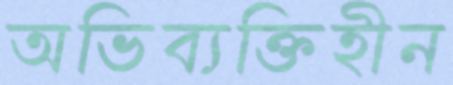
অভিব্যক্তিহীন